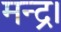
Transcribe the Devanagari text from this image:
मन्द्र।